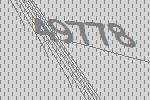
49778